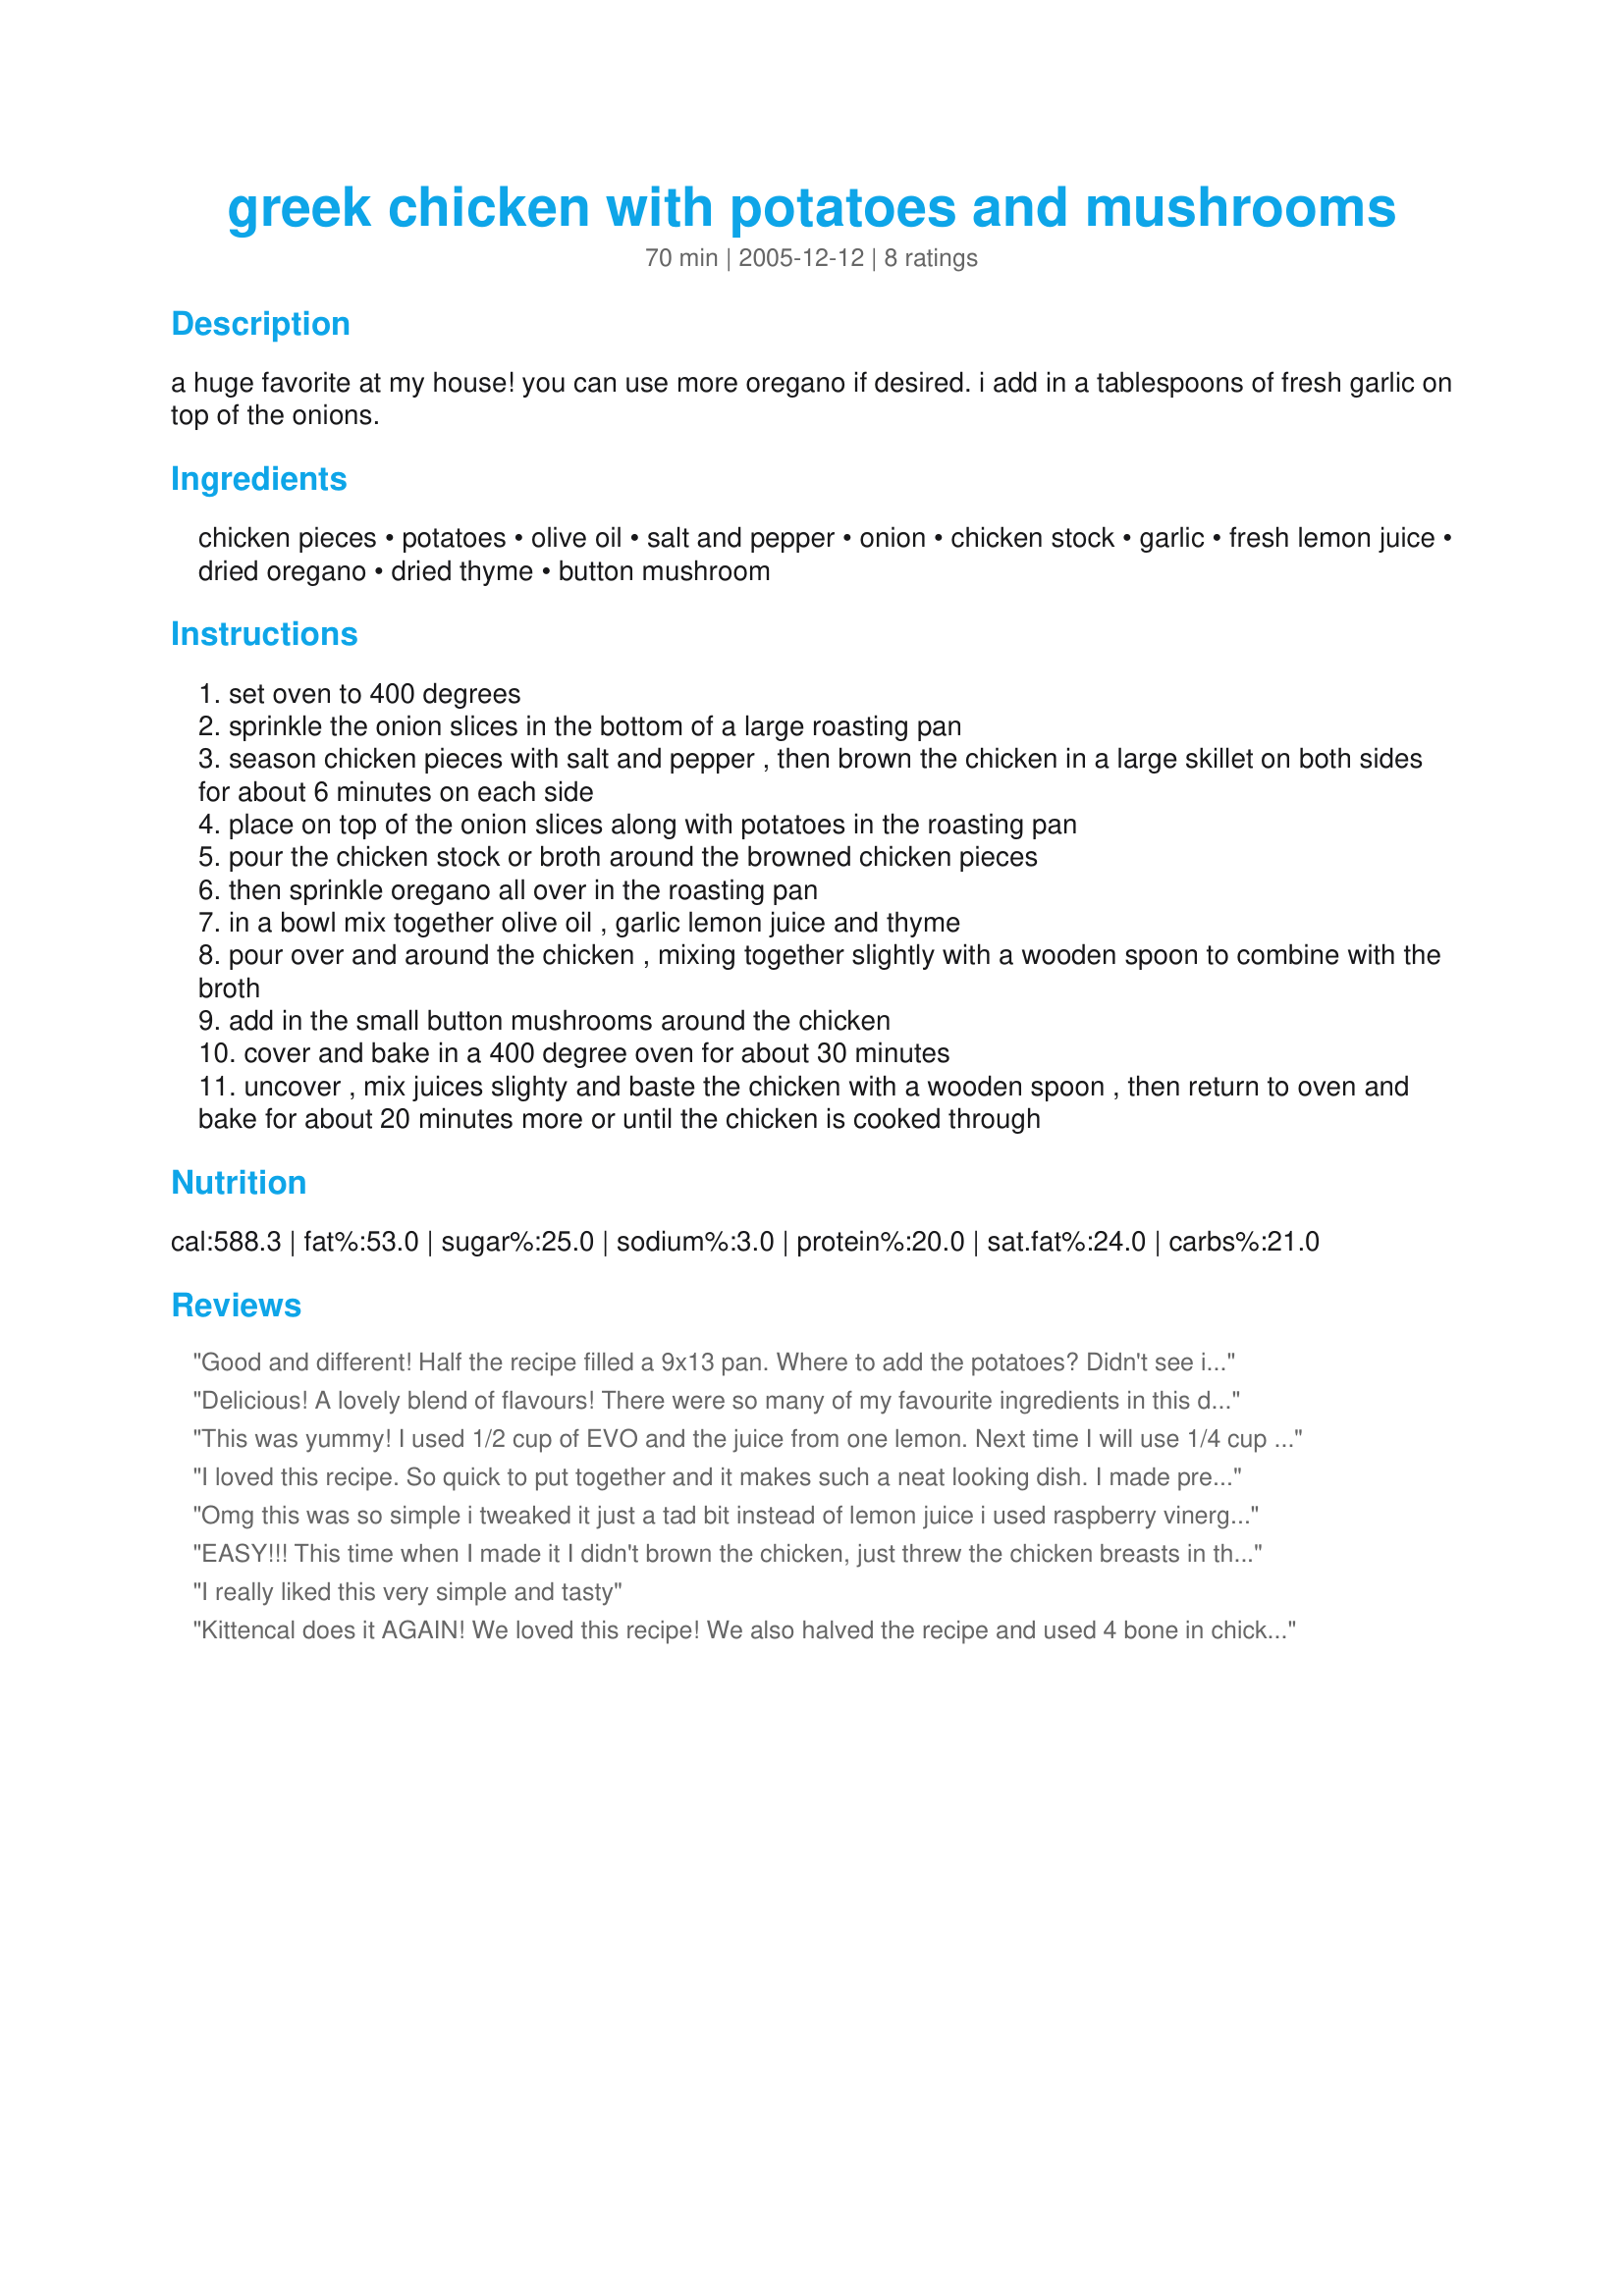
greek chicken with potatoes and mushrooms
Preparation time: 70 minutes

a huge favorite at my house! you can use more oregano if desired. i add in a tablespoons of fresh garlic on top of the onions.

Ingredients:
chicken pieces, potatoes, olive oil, salt and pepper, onion, chicken stock, garlic, fresh lemon juice, dried oregano, dried thyme, button mushroom

Steps:
set oven to 400 degrees
sprinkle the onion slices in the bottom of a large roasting pan
season chicken pieces with salt and pepper , then brown the chicken in a large skillet on both sides for about 6 minutes on each side
place on top of the onion slices along with potatoes in the roasting pan
pour the chicken stock or broth around the browned chicken pieces
then sprinkle oregano all over in the roasting pan
in a bowl mix together olive oil , garlic lemon juice and thyme
pour over and around the chicken , mixing together slightly with a wooden spoon to combine with the broth
add in the small button mushrooms around the chicken
cover and bake in a 400 degree oven for about 30 minutes
uncover , mix juices slighty and baste the chicken with a wooden spoon , then return to oven and bake for about 20 minutes more or until the chicken is cooked through

Reviews:
Good and different! Half the recipe filled a 9x13 pan. Where to add the potatoes? Didn't see in directions, so mixed them with oil mixture and put them in then. Used Yukon golds as suggested-had trouble getting them to cook (probably not small enough strips). The mushrooms made this dish-and I don't care for mushrooms! Leftover potato/mushroom mixture was AWESOME in an omelet. thanks!
Delicious! A lovely blend of flavours! There were so many of my favourite ingredients in this dish, that I was bound to love it. I used homemade chicken stock and the full quantity of mushrooms and lemon juice. And as KITTENCAL had suggested, I added a tablespoon of chopped garlic on top of the onions. We enjoyed this with mama’s kitchen’s Zucchini They Will Eat! Recipe #151956.
This was yummy! I used 1/2 cup of EVO and the juice from one lemon. Next time I will use 1/4 cup EVO because it was a bit too oily for me. Next time I will also double the mushrooms. I used 8 ounces of baby bellas sliced. I also used bite sized gold potatoes quartered and they cooked perfectly with the chicken.
I loved this recipe. So quick to put together and it makes such a neat looking dish. I made pretty much as directed, just left out the lemon juice. For some reason, DH doesn't care for lemon juice with his chicken, and the only mushrooms I had was a package of the fresh presliced mushrooms. They worked fine.
Omg this was so simple i tweaked it just a tad bit instead of lemon juice i used raspberry vinergerett dressing by kraft as a drizzle base after cooking covered..i let it cook uncovered for 7min..follwed all else to the directions..wow best baked chicken i have made in a long time i also used ruby red petite potatoes quarted in 1/4...so no precook on those all in one dish...amazing!
EASY!!! This time when I made it I didn't brown the chicken, just threw the chicken breasts in the 9X13 still frozen. Then because the chicken was frozen(with that water glaze still on it), I decreased the amount of water to 1/2 cup and still used 1 tsp chicken bouillon powder. It was WONDERFUL! We love you, Kittencal!
I really liked this very simple and tasty
Kittencal does it AGAIN!
We loved this recipe! We also halved the recipe and used 4 bone in chicken breasts, canned potatoes and portobello mushroom slices (What I had on hand)
I forgot to cover it will no ill effects...the chicken was nice and crispy on the outside and moist inside...It was super delicious!
